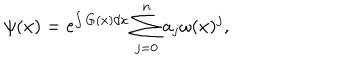
LaTeX: \psi ( x ) = \mathrm { e } ^ { \int G ( x ) d x } \sum _ { j = 0 } ^ { n } a _ { j } \omega ( x ) ^ { j } ,